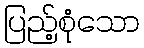
ပြည့်စုံသော